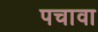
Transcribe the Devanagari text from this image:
पचावा